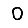
Digit: 0